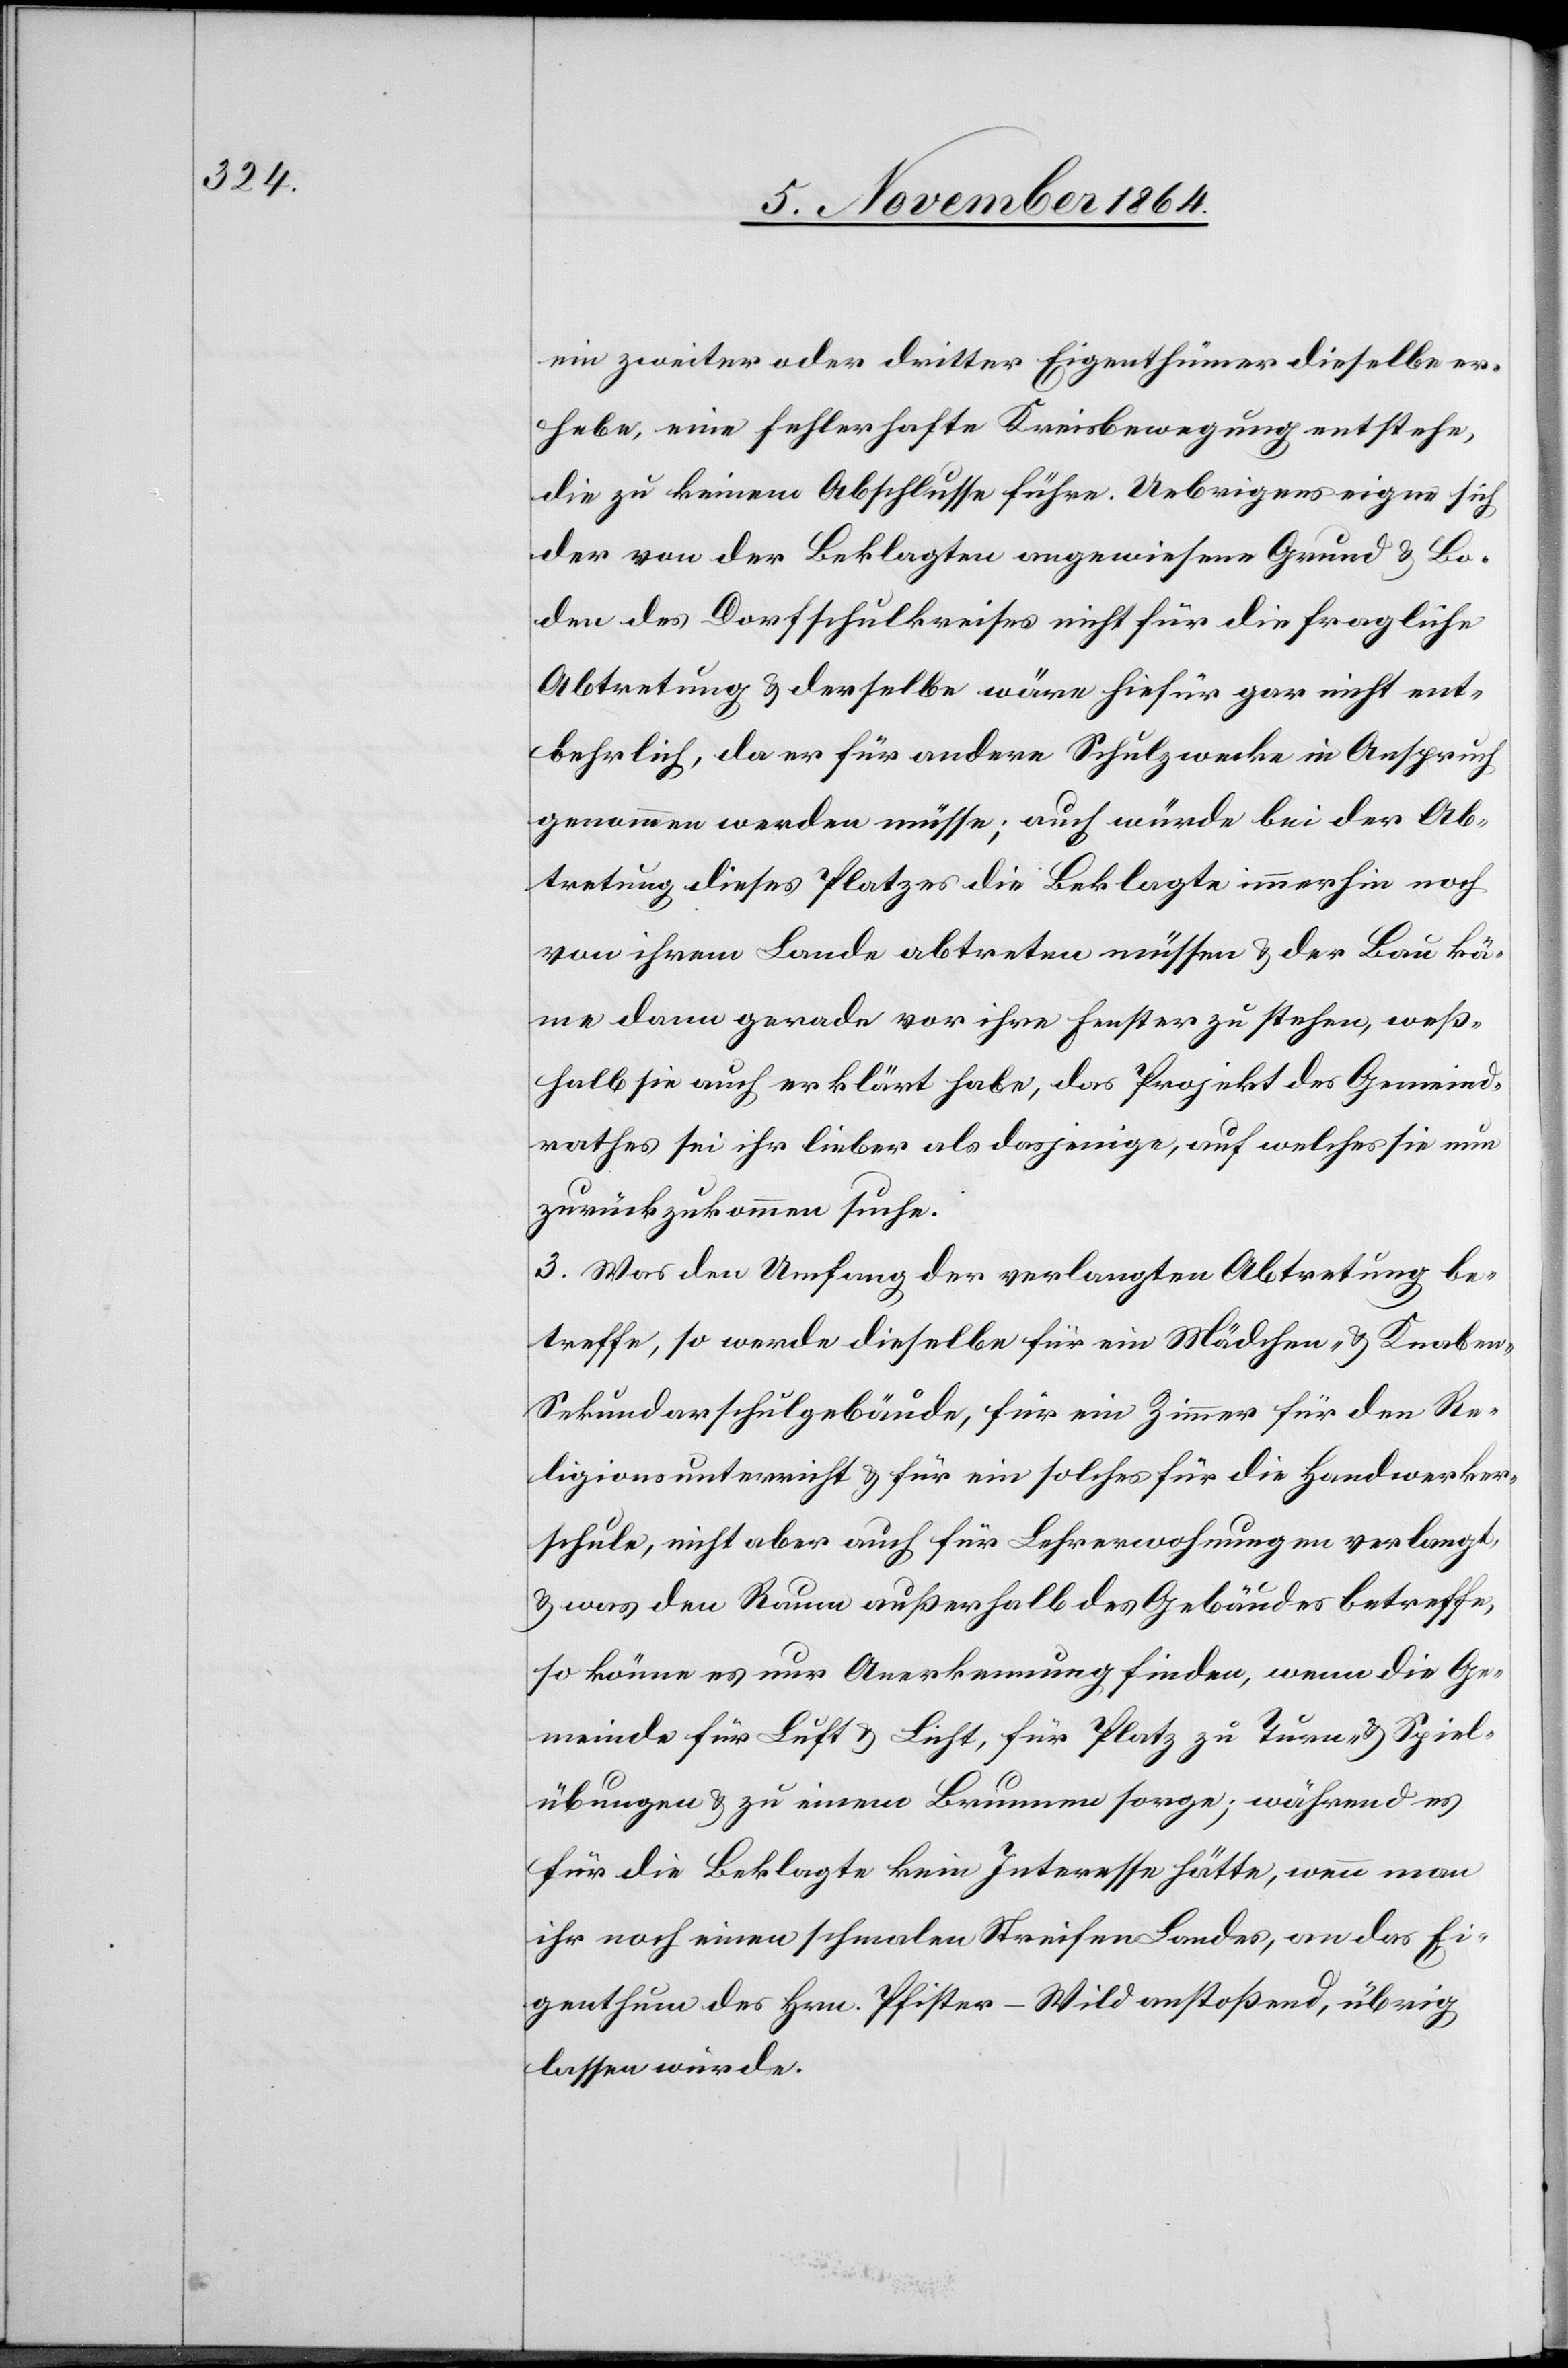
ein zweiter oder dritter Eigenthümer dieselbe er¬
hebe, eine fehlerhafte Kreisbewegung entstehe,
die zu keinem Abschlusse führe. Uebrigens eigne sich
der von der Beklagten angewiesene Grund & Bo¬
den des Dorfschulkreises nicht für die fragliche
Abtretung & derselbe wäre hiefür gar nicht ent¬
behrlich, da er für andere Schulzwecke in Anspruch
genommen werden müsse; auch würde bei der Ab¬
tretung dieses Platzes die Beklagte immerhin noch
von ihrem Lande abtreten müssen & der Bau kä¬
me dann gerade vor ihre Fenster zu stehen, weß¬
halb sie auch erklärt habe, das Projekt des Gemeind¬
rathes sei ihr lieber als dasjenige, auf welches sie nun
zurückzukommen suche.
3. Was den Umfang der verlangten Abtretung be¬
treffe, so werde dieselbe für ein Mädchen- & Knabe¬
n-Sekundarschulgebäude, für ein Zimmer für den Re¬
ligionsunterricht & für ein solches für die Handwerker¬
schule, nicht aber auch für Lehrerwohnungen verlangt
& was den Raum außerhalb des Gebäudes betreffe,
so könne es nur Anerkennung finden, wenn die Ge¬
meinde für Luft & Licht, für Platz zu Turn- & Spiel¬
übungen & zu einem Brunnen sorge; während es
für die Beklagte kein Interesse hätte, wenn man
ihr noch einen schmalen Streifen Landes, an das Ei¬
genthum des Hrn. Pfister-Wild anstoßend, übrig
lassen würde.